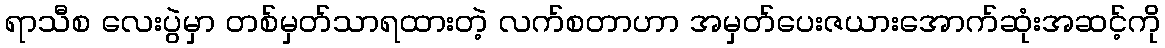
ရာသီစ လေးပွဲမှာ တစ်မှတ်သာရထားတဲ့ လက်စတာဟာ အမှတ်ပေးဇယားအောက်ဆုံးအဆင့်ကို